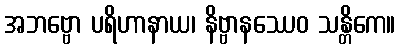
အဘဗ္ဗော ပရိဟာနာယ၊ နိဗ္ဗာနဿေဝ သန္တိကေ။